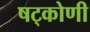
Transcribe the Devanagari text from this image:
षट्कोणी